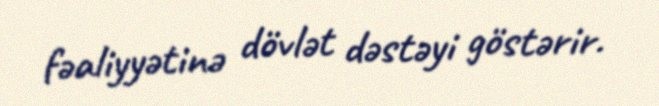
fəaliyyətinə dövlət dəstəyi göstərir.